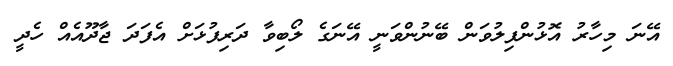
އޭނަ މިހާރު އޮޅުންފިލުވަން ބޭނުންވަނީ އޭނަގެ ލޯބިވާ ދަރިފުޅަށް އެފަދަ ޖާދޫއެއް ހެދީ